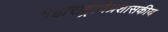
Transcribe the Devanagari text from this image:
महाराष्ट्राचेप्रशासकीय